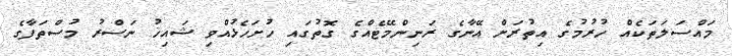
މައްސަލަތަކެއް ހުރުމުގެ އިތުރަށް އޭނާގެ ރަނިންމޭޓެއްގެ ގޮތުގައި ހުށަހެޅުއްވި ޝައިޚު ނަސްރު މުސްތަފާގެ